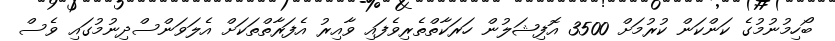
ބޯހިމުނުމުގެ ކަންކަން ކުރުމަށް 3500 އޮފިޝަލުން ހަރަކާތްތެރިވެފައި ވާއިރު އެފަރާތްތަކަށް އެލަވަންސްދިނުމުގައި ވެސް